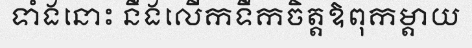
ទាំងនោះ នឹងលើកទឹកចិត្តឱពុកម្តាយ